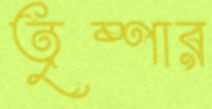
তৃষ্ণার